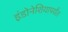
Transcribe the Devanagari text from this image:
इंडोनेशियापर्यंत